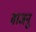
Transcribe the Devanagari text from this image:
वाजनू